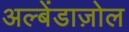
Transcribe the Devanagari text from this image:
अल्बेंडाज़ोल